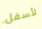
لأسفل